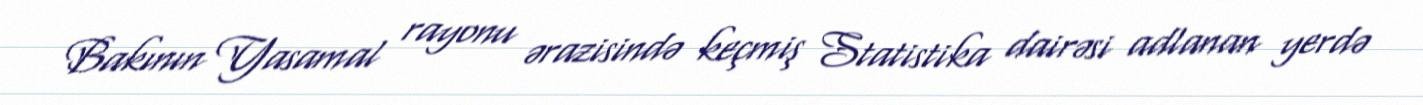
Bakının Yasamal rayonu ərazisində keçmiş Statistika dairəsi adlanan yerdə